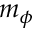
m _ { \phi }